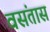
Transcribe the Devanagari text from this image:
वसंतास